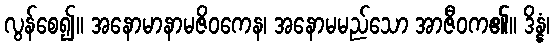
လွန်စေ၍။ အနောမာနာမဇိဝကေန၊ အနောမမည်သော အာဇီဝက၏။ ဒိန္နံ၊